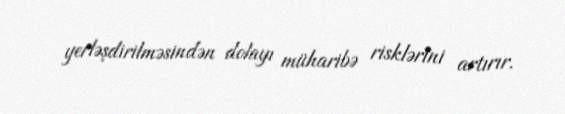
yerləşdirilməsindən dolayı müharibə risklərini artırır.